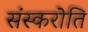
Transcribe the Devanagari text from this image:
संस्करोति